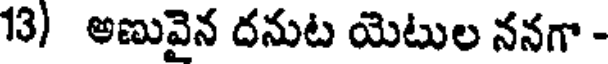
13) అణువైన దనుట యెటుల ననగా -